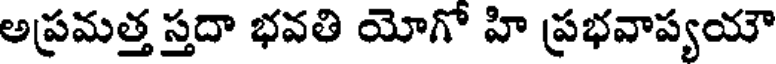
అప్రమత్త స్తదా భవతి యోగో హి ప్రభవాప్యయౌ